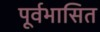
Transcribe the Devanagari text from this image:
पूर्वभासित